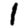
Digit: 1